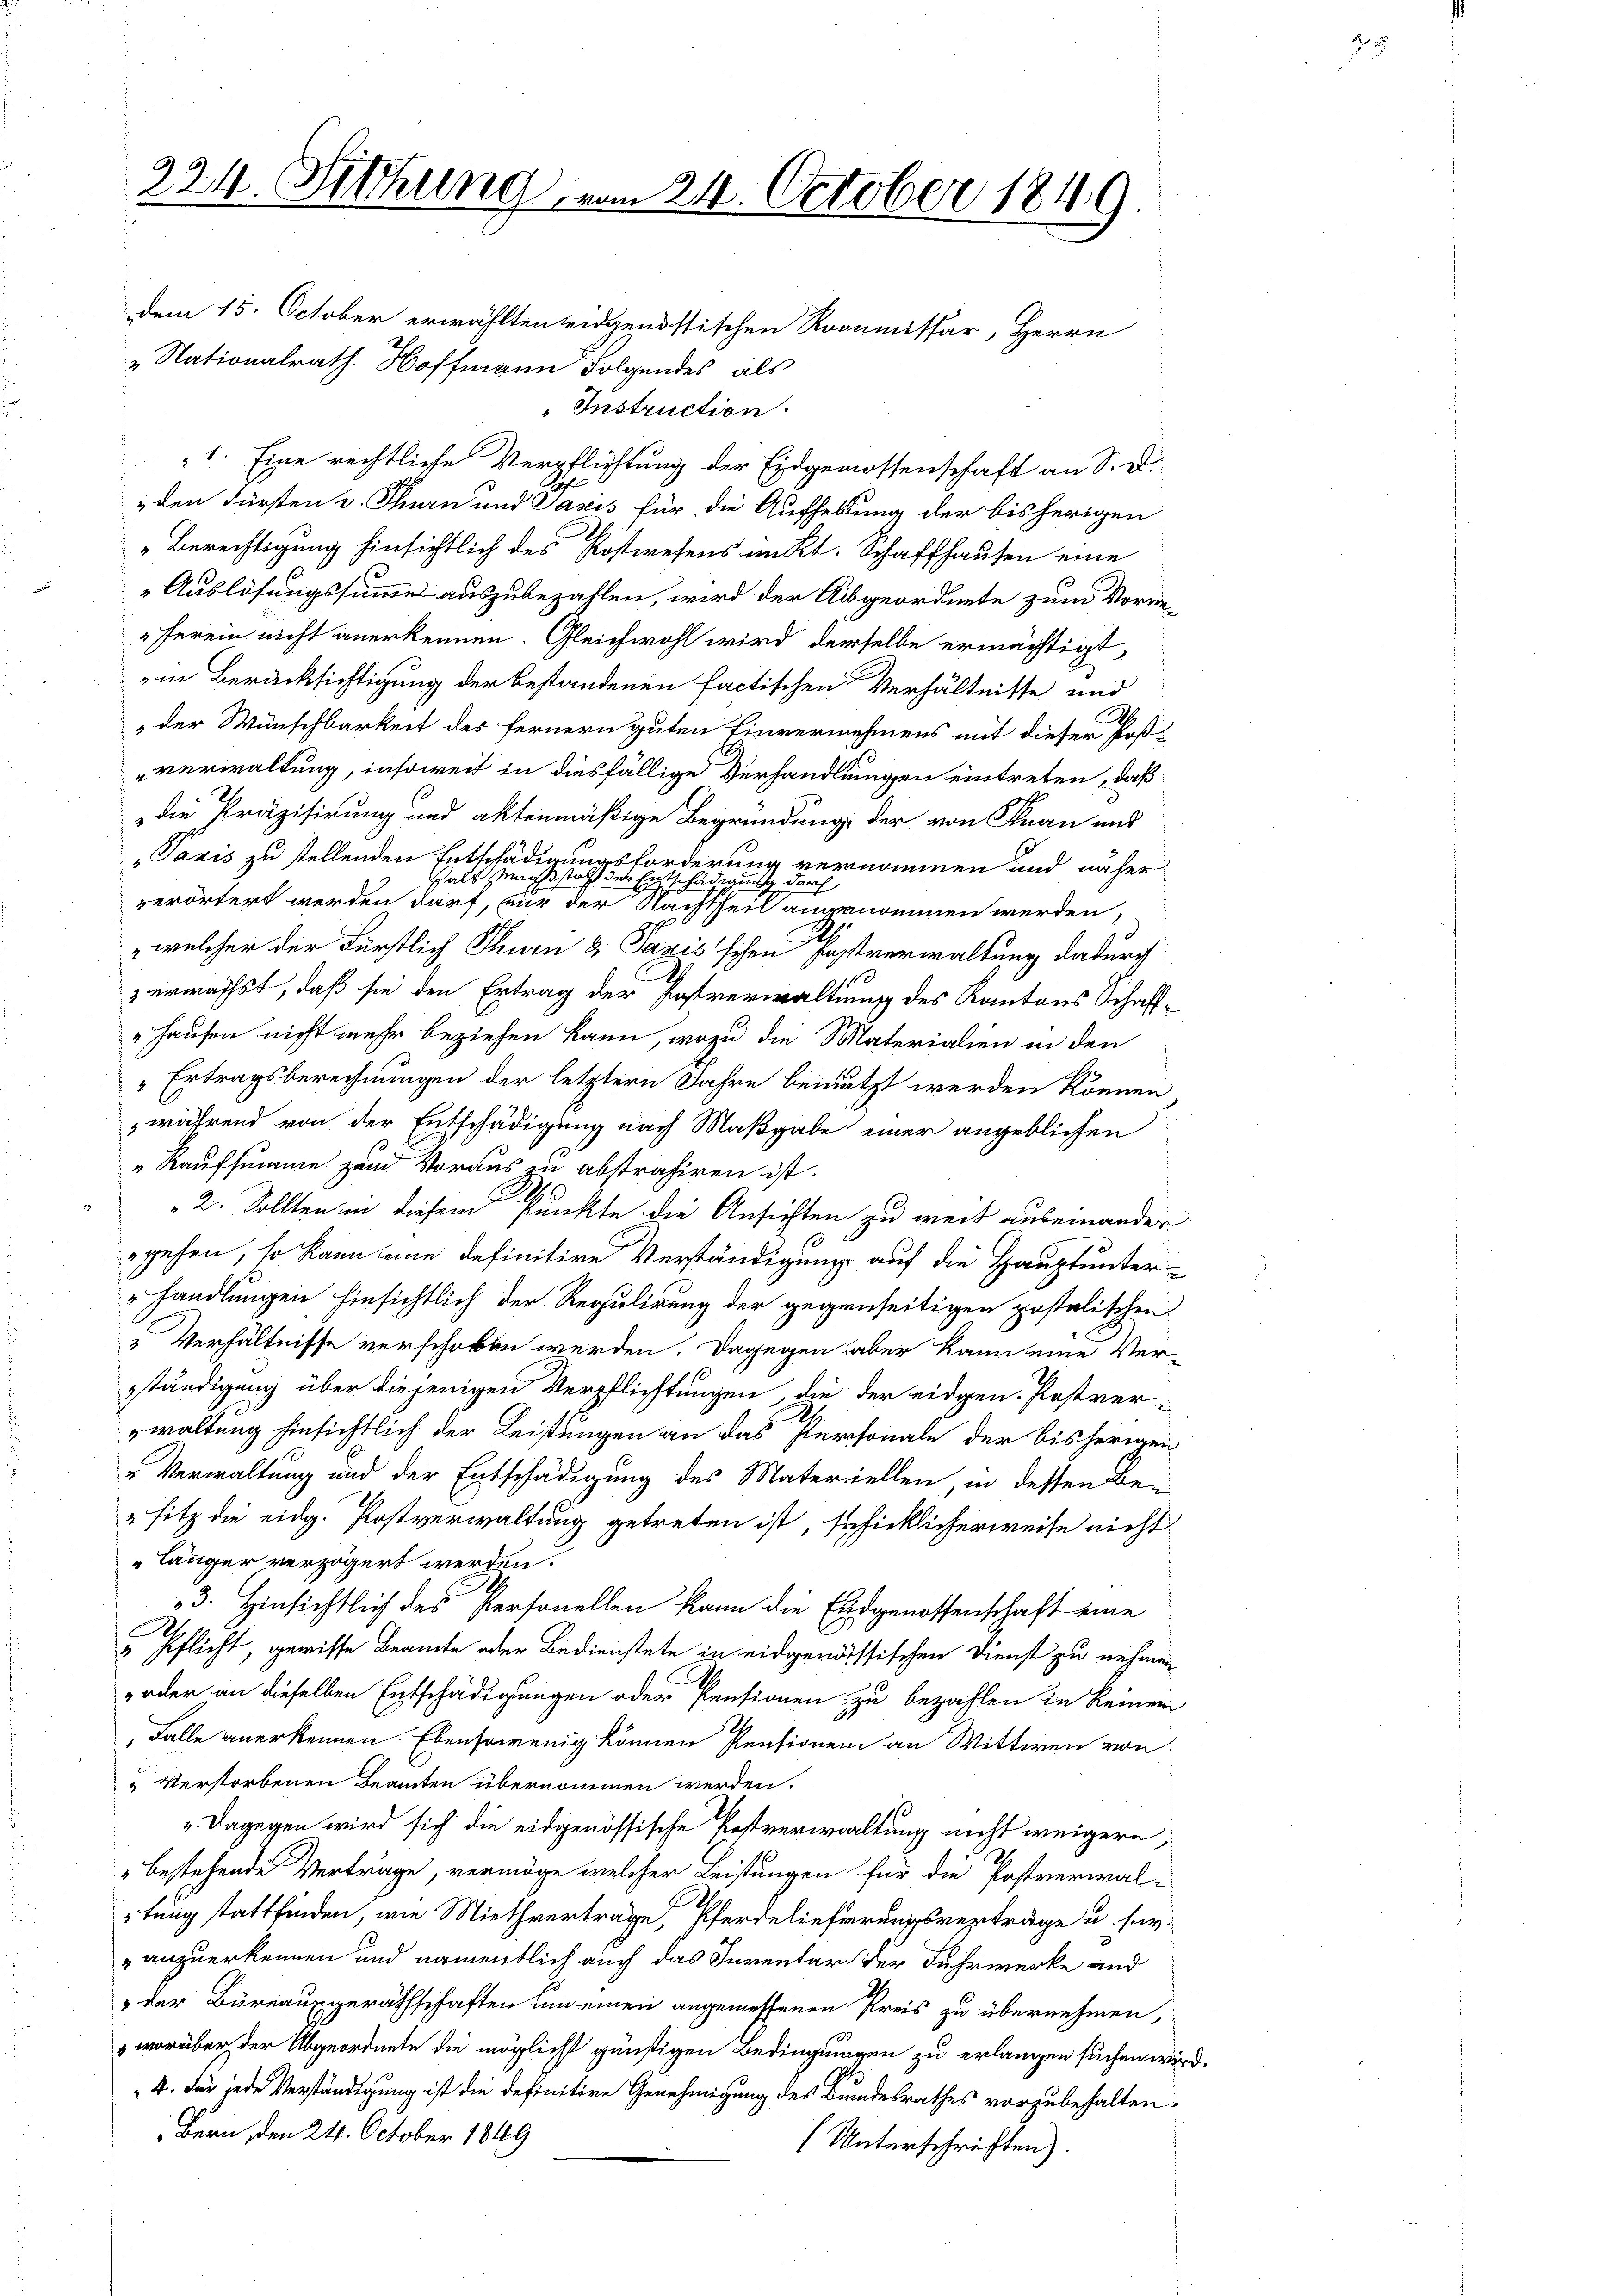
224. Sitzung vom 24. October 1849.

dem 15. October erwählten eidgenössischen Roommissär, Herrn
„Nationalrath Hoffmann Folgendes, als
 Instruction.
1. Eine rechtliche Verpflichtung der Eidgenossenschaft an S. D.
den Fürsten und Thun und Pasis für die Aufhellung der bisherigen
Berechtigung hinsichtlich des Kostwesens unkt. Schaffhausen eine
Auslösungssumme auszubezahlen, wird der Abgeordnete zum Vorme
„herein nicht anerkennen. Gleichwohl wird derselbe ermächtigt,
in Berücksichtigung der bestandenen factischen Verhältnisse und
 der Wünschbarkeit des fernern guten Einvernehmens mit dieser Postverwaltung, insoweit in diesfällige Verhandlungen eintreten, daß
die Präzisirung und aktenmäßige Begründung, der von Frau und
Taxis zu stellenden Entschädigungsforderung vernommen und näher
half Maaßstatt der Entschädigung darf
verörtert werden darf, nur der Nachtheil angenommen werden,
2
" welcher der Fürstlich Thurn & Pazis'schen Fastverwaltung dadurch
zerwächst, daß sie den Ertrag der Postverwaltung des Kantons Schaff¬
"Hausen nicht mehr beziehen kann, wozu die Materialien in den
Ertragsberechnungen der letztern Jahre benutzt werden können,
während von der Entschädigung nach Maßgabe einer angeblichen
„Kaufsumme zum Voraus zu abstrahiren ist.
2. Sollten in diesem Punkte die Ansichten zu weit auseinander
gehen, so kann seine definitive Verständigung auf die Hauptunter¬
"handlungen hinsichtlich der Regulirung der gegenseitigen gestalischen
" Verhältnisse verschoben werden. Dagegen aber kann eine Ver-
sständigung über diejenigen Verpflichtungen, die der eidgen. Postver-
waltung hinsichtlich der Leistungen an das Personale der bisherigen
„Verwaltung und der Entschädigung des Materiellen, in dessen Be-
" sitz die eidg. Postverwaltung getreten ist, schicklicherweise nicht
länger verzögert werden.
3. Hinsichtlich des Personellen kann die Eidgenossenschaft eine
A
" pflicht, gewisse Beamte oder Bedienstete in eidgenössischen Dienst zu nehmen
oder an dieselben Entschädigungen oder Pensionen zu bezahlen in keinem
Falle anerkennen. Ebensowenig können Rentionen an Wittwen von
Verstorbenen Beamten übernommen werden.
" Dagegen wird sich die eidgenössische Postverwaltung nicht weigern,
bestehende Verträge, vermöge welcher Leistungen für die Postverwal-
tung stattfinden, wie Miethvertrage, Pferdelieferungsverträge u. seyanzuerkennen und namentlich auch das Inventar der Fuhrwerke und
" der Büreausgeräthschaften um einen angemessenen Preis zu übernehmen,
" worüber der Abgeordnete die möglichst günstigen Bedingungen zu erlangen suchen wi
4. Für jede Verständigung ist die definitive Genehmigung des Bundesrathes vorzubehalten,
Bern, den 24. October 1849
Unterschriften).